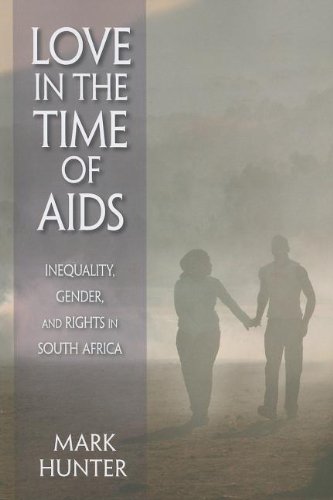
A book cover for Love in the Time of AIDS: Inequality, Gender, and Rights in South Africa; Mark Hunter; Health, Fitness & Dieting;